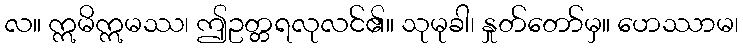
လ။ ဣမိဣမဿ၊ ဤဥတ္တရလုလင်၏။ သုမုခါ၊ နှုတ်တော်မှ။ ဟေဿာမ၊